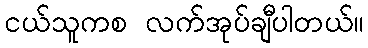
ငယ်သူကစ လက်အုပ်ချီပါတယ်။